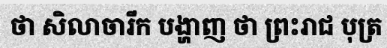
ថា សិលាចារឹក បង្ហាញ ថា ព្រះរាជ បុត្រ